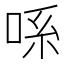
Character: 𫪈